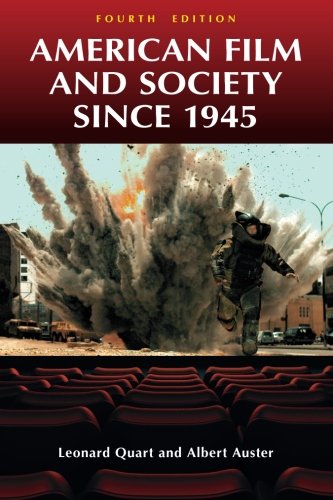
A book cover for American Film and Society since 1945; Leonard Quart; Humor & Entertainment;